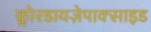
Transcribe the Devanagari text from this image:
क्लोरडायज़ेपाक्साइड